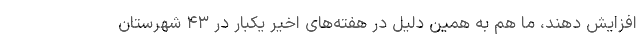
افزایش دهند، ما هم به همین دلیل در هفته‌های اخیر یکبار در ۴۳ شهرستان